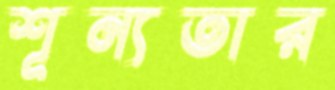
শূন্যতার